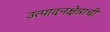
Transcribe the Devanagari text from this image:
उत्पादनक्षेत्राची